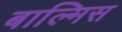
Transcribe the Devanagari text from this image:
बाल्मिस